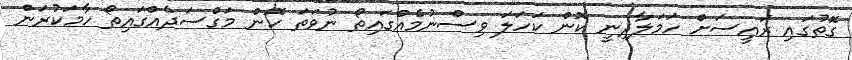
ގޮތުގައި ރައީސަށް ހަމަލާދިނީ ކޮން ކަހަލަ ވިސްނުމެއްގައިތޯ ނުވަތަ ކޮން މަގްސަދެއްގައިތޯ ހާމަކުރަން